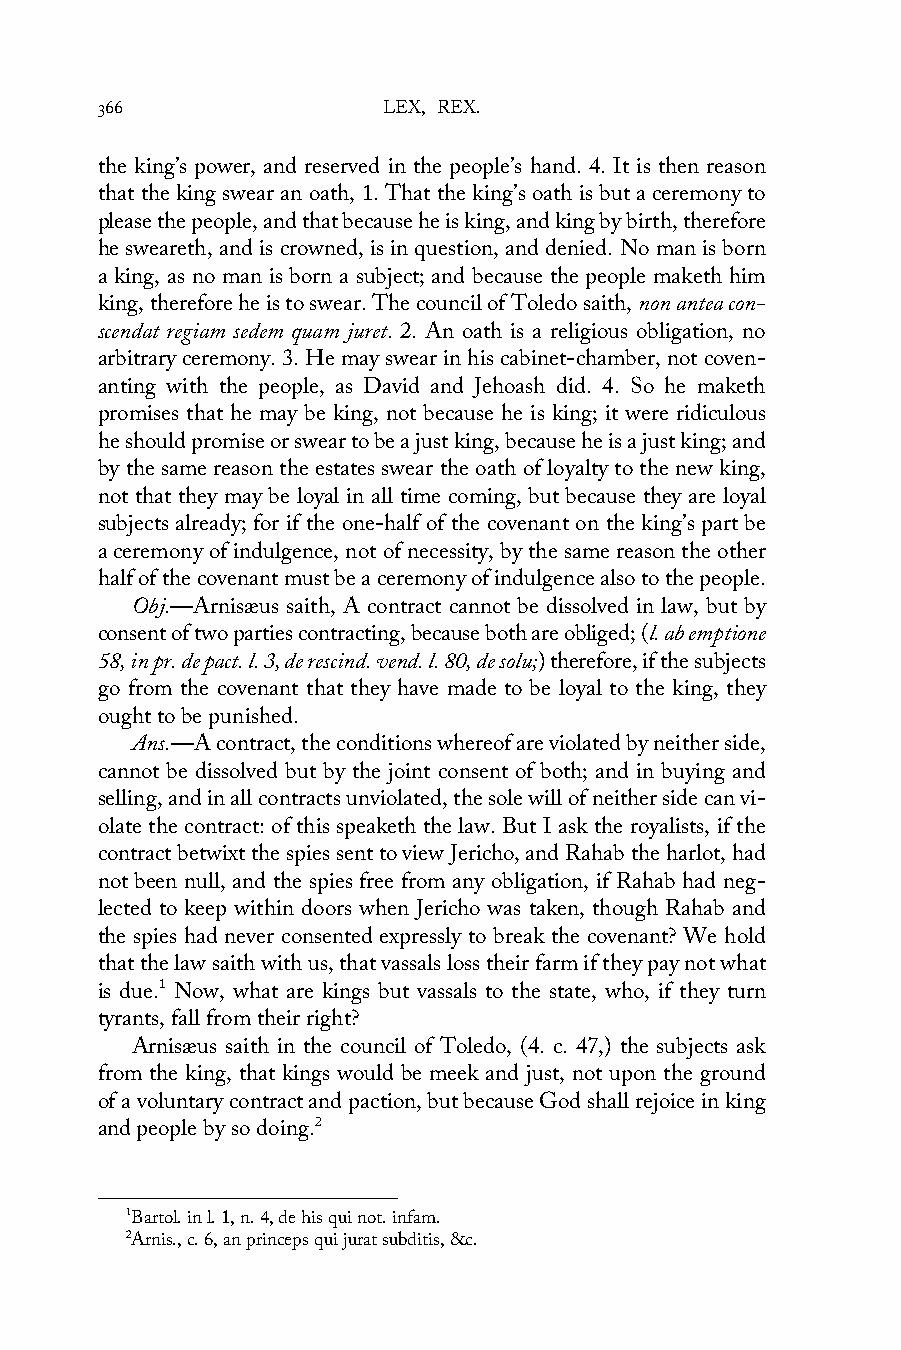
366                LEX, REX.
 the king’s power, and reserved in the people’s hand. 4. It is then reason
 that the king swear an oath, 1. That the king’s oath is but a ceremony to
 please the people, and that because he is king, and king by birth, therefore
 he sweareth, and is crowned, is in question, and denied. No man is born
 a king, as no man is born a subject; and because the people maketh him
 king, therefore he is to swear. The council of Toledo saith, non antea con-
 scendat regiam sedem quam juret. 2. An oath is a religious obligation, no
 arbitrary ceremony. 3. He may swear in his cabinet-chamber, not coven-
 anting with the people, as David and Jehoash did. 4. So he maketh
 promises that he may be king, not because he is king; it were ridiculous
 he should promise or swear to be a just king, because he is a just king; and
 by the same reason the estates swear the oath of loyalty to the new king,
 not that they may be loyal in all time coming, but because they are loyal
 subjects already; for if the one-half of the covenant on the king’s part be
 a ceremony of indulgence, not of necessity, by the same reason the other
 half of the covenant must be a ceremony of indulgence also to the people.
 Obj.—Arnisæus saith, A contract cannot be dissolved in law, but by
 consent of two parties contracting, because both are obliged; (l. ab emptione
 58, in pr. de pact. l. 3, de rescind. vend. l. 80, de solu;) therefore, if the subjects
 go from the covenant that they have made to be loyal to the king, they
 ought to be punished.
 Ans.—A contract, the conditions whereof are violated by neither side,
 cannot be dissolved but by the joint consent of both; and in buying and
 selling, and in all contracts unviolated, the sole will of neither side can vi-
 olate the contract: of this speaketh the law. But I ask the royalists, if the
 contract betwixt the spies sent to view Jericho, and Rahab the harlot, had
 not been null, and the spies free from any obligation, if Rahab had neg-
 lected to keep within doors when Jericho was taken, though Rahab and
 the spies had never consented expressly to break the covenant? We hold
 that the law saith with us, that vassals loss their farm if they pay not what
 is due.1 Now, what are kings but vassals to the state, who, if they turn
 tyrants, fall from their right?
 Arnisæus saith in the council of Toledo, (4. c. 47,) the subjects ask
 from the king, that kings would be meek and just, not upon the ground
 of a voluntary contract and paction, but because God shall rejoice in king
 and people by so doing.2
 1Bartol. in l. 1, n. 4, de his qui not. infam.
 2Arnis., c. 6, an princeps qui jurat subditis, &c.